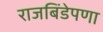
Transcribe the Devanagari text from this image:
राजबिंडेपणा